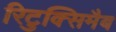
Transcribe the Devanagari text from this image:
रिटुक्सिमैब